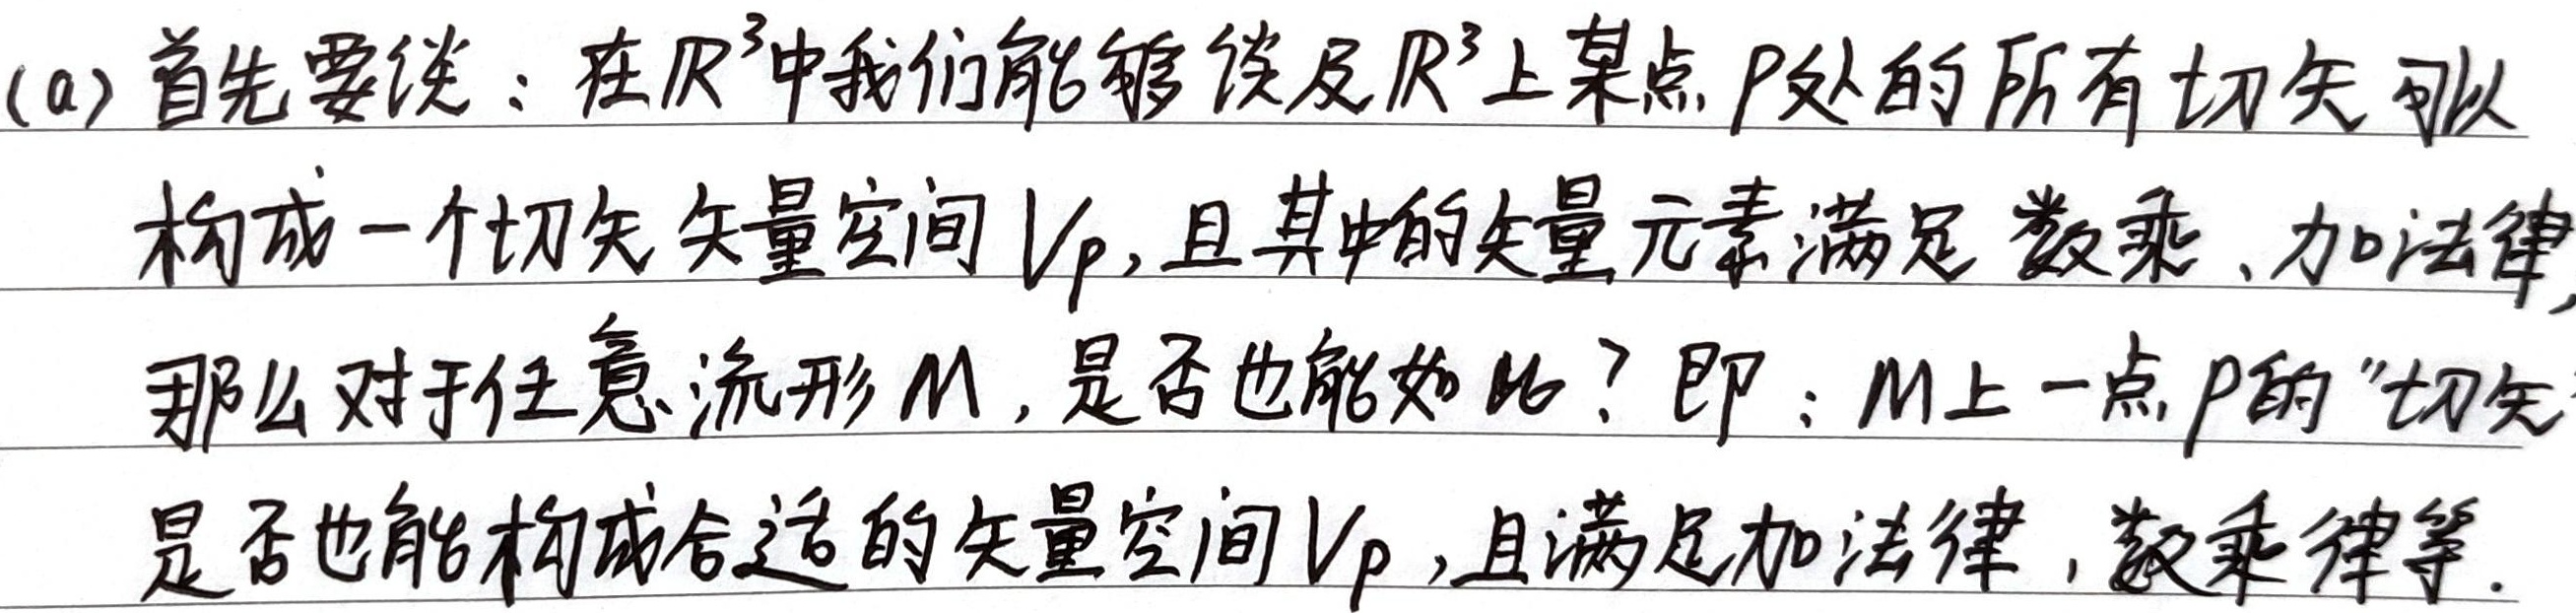
(a) 首先要谈：在\(\mathbb{R}^{3}\)中，我们能够谈及\(\mathbb{R}^{3}\)上某点\(P\)处的所有切矢可以构成一个切矢矢量空间\(V_{P}\)，且其中的矢量元素满足数乘、加法律。那么对于任意流形\(M\)，是否也能如此？即：\(M\)上一点\(P\)的“切矢”是否也能构成合适的矢量空间\(V_{P}\)，且满足加法律、数乘律等。